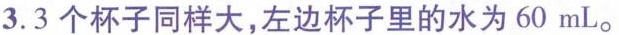
3.3个杯子同样大，左边杯子里的水为60mL。